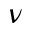
\nu